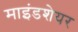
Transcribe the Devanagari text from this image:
माइंडशेयर